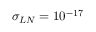
\sigma _ { L N } = 1 0 ^ { - 1 7 }